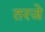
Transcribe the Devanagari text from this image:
तरजे